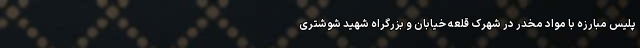
پلیس مبارزه با مواد مخدر در شهرک قلعه خیابان و بزرگراه شهید شوشتری